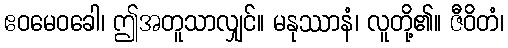
ဧဝမေဝခေါ၊ ဤအတူသာလျှင်။ မနုဿာနံ၊ လူတို့၏။ ဇီဝိတံ၊